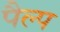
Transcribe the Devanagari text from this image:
पैल्प